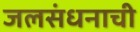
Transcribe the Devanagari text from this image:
जलसंधनाची